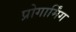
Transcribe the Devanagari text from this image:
प्रोगार्मिंग